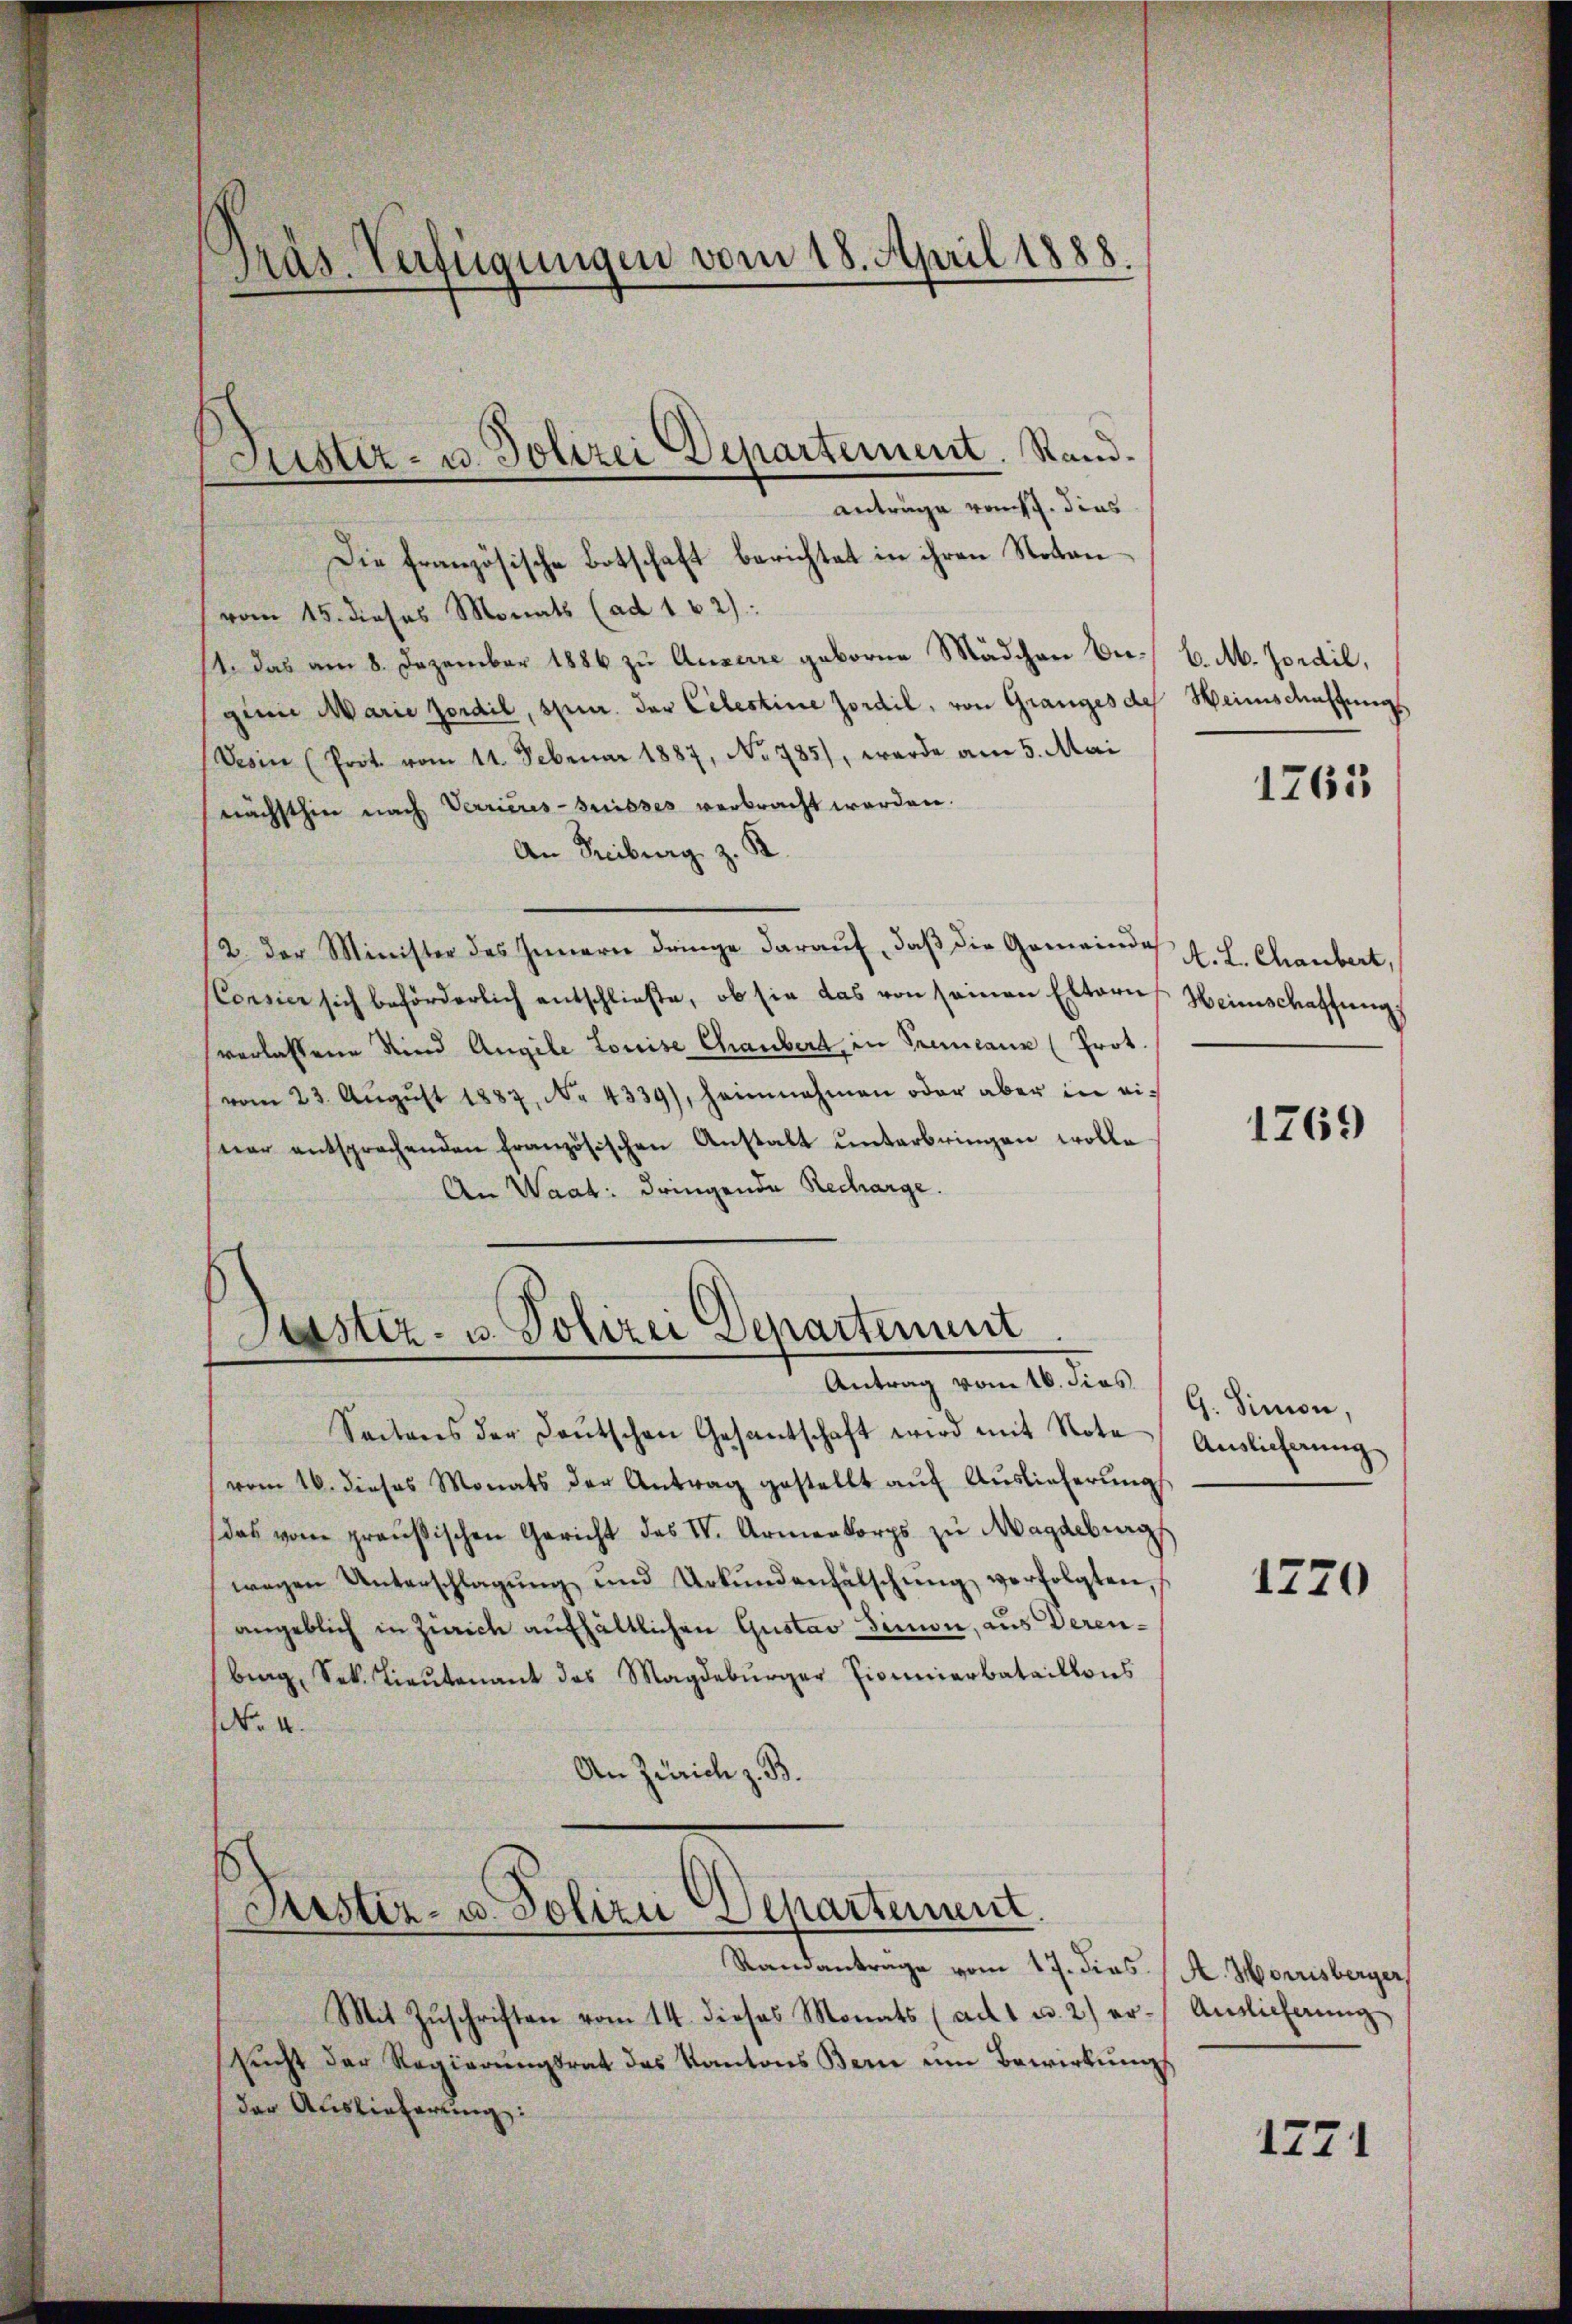
Präs. Verfügungen vom 18. April 1888.

Anträge vom 7. dies
Die französische Botschaft berichtet in ihren Notanvom 15. dieses Monats (ad 162):
11. Das am 8. Dezember 1886 zu Ausare geborne Mädchen Be- C. M. Jordil,
ginn Marie Jordil, spur. der Celestine Jordil, von Granges des
Derin (Prot. vom 11. Februar 1887, No 785), werde am 5. Mai
nächsthin nach Verrieres-Suisses verbracht werden.
An Freiburg z. K.
2. der Minister des Innern dringe daraŭf, daβ die Gemeindes J. L. Chaubert,
(Consier sich beförderlich entschließe, ob sie das von seinen Elteres Heimschaffung
verlassene Kind Angele Louise Chaubert, in Tremann (Prot.
vom 23. Aŭgŭst 1887, No 4339), heimnahmen oder aber in einer entsprechenden französischen Anstalt ŭnterbringen wolle
An Waat: dringende Recharge.

Justiz- u. Polizei Departement. Stand¬

Justiz- u. Polizei Departement
Antrag vom 16. dies

Seitens der Deutschen Gesantschaft wird mit Note
vom 16. dieses Monats der Antrag gestellt aŭf Auslieferungs
(das vom preußischen Gericht des IV. Armenkorps zu Magdeburg
wegen Unterschlagung und Urkŭndenfälschŭng verfolgten,
angeblich in Zürich aufhältlichen Gustav Simon, aus Verenbirg, Sek. Lieŭtenant des Magdeburger Pionierbataillons
No. 4.
An Zürich z. B.

Justiz- u. Polizei Departement

Standanträge vom 17. dies. A. Hornisberger,
Mit Zŭschriften vom 14. dieses Monats (ad 1 u. 2) er-Amtlicherŭng
sŭcht der Regierŭngsrat des Kantons Bern um Bewirkung
der Auslieferung:

Weins Mastungs

1763

1769

G. Simon,
Auslicherung

1220

1271